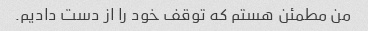
من مطمئن هستم که توقف خود را از دست دادیم.